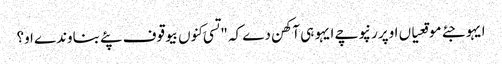
ایہو جئے موقعیاں اوپر رنپوچے ایہو ہی آکھن دے کہ "تسی کِنوں بیوقوف پئے بناوندے او؟